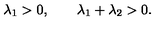
\lambda _ { 1 } > 0 , \qquad \lambda _ { 1 } + \lambda _ { 2 } > 0 .